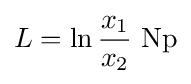
L=\ln {\frac {x_{1}}{x_{2}}}\mathrm {~Np}